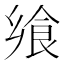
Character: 飨